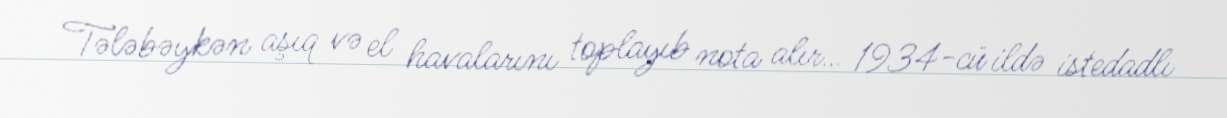
Tələbəykən aşıq və el havalarını toplayıb nota alır… 1934-cü ildə istedadlı